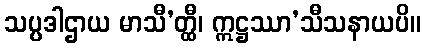
သပ္ပဒါဌာယ မာသီ’တ္ထီ၊ ဣဋ္ဌဿာ’သီသနာယပိ။